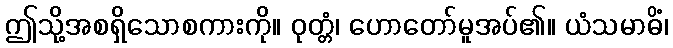
ဤသို့အစရှိသောစကားကို။ ဝုတ္တံ၊ ဟောတော်မူအပ်၏။ ယံသမာဓိံ၊